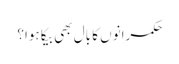
حکمرانوں کا بال بھی بیکا ہوا؟